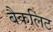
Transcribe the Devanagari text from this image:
बैकलिट